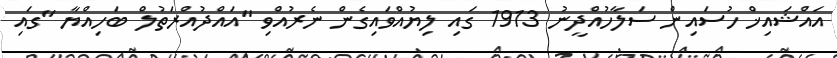
އައްޝައިޚް ހުސައިން ސަލާހުއްދީނު 1913 ގައި ލިޔުއްވައިގެން ނެރުއްވި "އައްދުއްރަތުލް ބަހިއްޔާ "ގައި